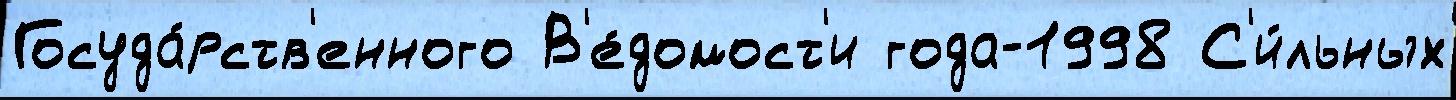
Госуда́рств'енного В'е́домост'и года-1998 С'и́льных